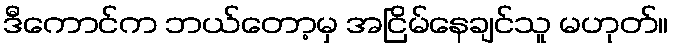
ဒီကောင်က ဘယ်တော့မှ အငြိမ်နေချင်သူ မဟုတ်။